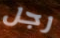
رجل